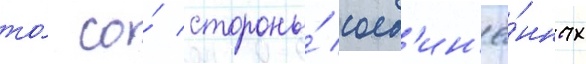
то́ со́ стороны́ соед'ин'ё́нных